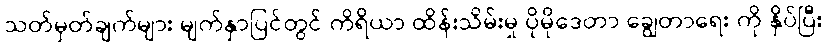
သတ်မှတ်ချက်များ မျက်နှာပြင်တွင် ကိရိယာ ထိန်းသိမ်းမှု ပိုမိုဒေတာ ချွေတာရေး ကို နှိပ်ပြီး